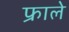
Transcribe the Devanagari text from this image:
फ्राले